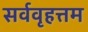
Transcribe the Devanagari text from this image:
सर्ववृहत्तम